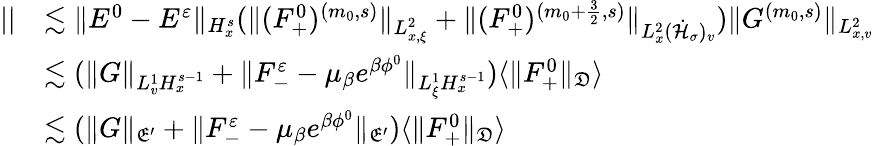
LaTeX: \begin{array}{rl}{||}&{\lesssim\| E^{0}-E^{\varepsilon}\| _{H_{x}^{s}}(\| (F_{+}^{0})^{(m_{0},s)}\| _{L_{x,\xi}^{2}}+\| (F_{+}^{0})^{(m_{0}+\frac{3}{2},s)}\| _{L_{x}^{2}(\dot{\mathcal H}_{\sigma})_{v}})\| G^{(m_{0},s)}\| _{L_{x,v}^{2}}}\\ &{\lesssim(\| G\| _{L_{v}^{1}H_{x}^{s-1}}+\| F_{-}^{\varepsilon}-\mu_{\beta}e^{\beta\phi^{0}}\| _{L_{\xi}^{1}H_{x}^{s-1}})\langle\| F_{+}^{0}\| _{\mathfrak D}\rangle}\\ &{\lesssim(\| G\| _{\mathfrak E^{\prime}}+\| F_{-}^{\varepsilon}-\mu_{\beta}e^{\beta\phi^{0}}\| _{\mathfrak E^{\prime}})\langle\| F_{+}^{0}\| _{\mathfrak D}\rangle}\end{array}